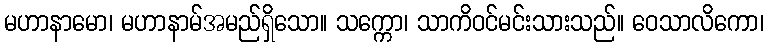
မဟာနာမော၊ မဟာနာမ်အမည်ရှိသော။ သက္ကော၊ သာကိဝင်မင်းသားသည်။ ဝေသာလိကော၊